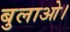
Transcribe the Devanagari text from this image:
बुलाओ।